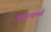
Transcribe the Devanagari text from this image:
अपकर्म